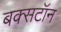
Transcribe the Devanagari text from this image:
बक्सटॉन